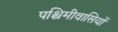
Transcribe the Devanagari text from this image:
पश्चिमीवासियों